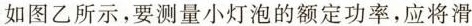
如图乙所示，要测量小灯泡的额定功率，应将滑